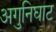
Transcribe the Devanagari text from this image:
अगुनिघाट